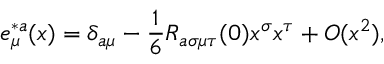
e _ { \mu } ^ { * a } ( x ) = \delta _ { a \mu } - { \frac { 1 } { 6 } } R _ { a \sigma \mu \tau } ( 0 ) x ^ { \sigma } x ^ { \tau } + O ( x ^ { 2 } ) ,